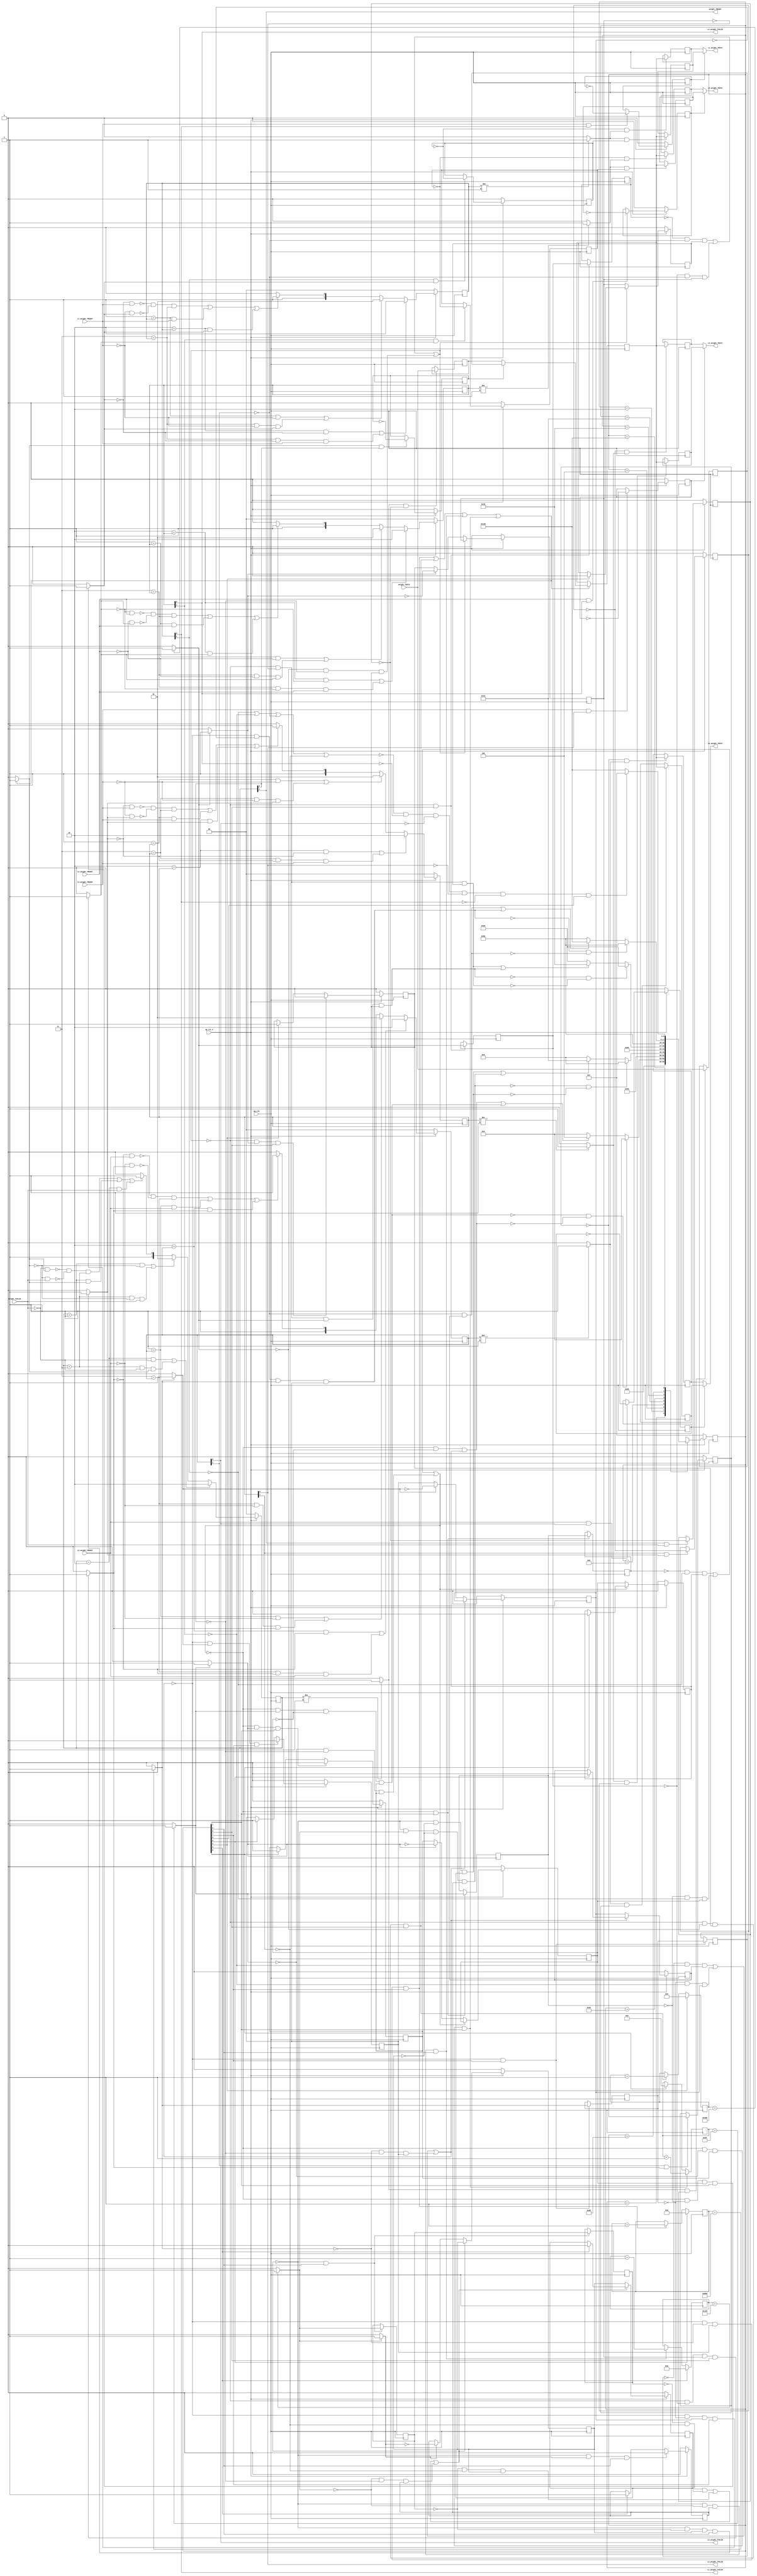
// ==============================================================
// RTL generated by Vivado(TM) HLS - High-Level Synthesis from C, C++ and SystemC
// Version: 2018.3
// Copyright (C) 1986-2018 Xilinx, Inc. All Rights Reserved.
// 
// ===========================================================

`timescale 1 ns / 1 ps 

(* CORE_GENERATION_INFO="Kernel_DMA,hls_ip_2018_3,{HLS_INPUT_TYPE=cxx,HLS_INPUT_FLOAT=0,HLS_INPUT_FIXED=0,HLS_INPUT_PART=xazu3eg-sfvc784-1-i,HLS_INPUT_CLOCK=10.000000,HLS_INPUT_ARCH=others,HLS_SYN_CLOCK=1.357000,HLS_SYN_LAT=4441,HLS_SYN_TPT=none,HLS_SYN_MEM=0,HLS_SYN_DSP=0,HLS_SYN_FF=263,HLS_SYN_LUT=829,HLS_VERSION=2018_3}" *)

module Kernel_DMA (
        ap_clk,
        ap_rst_n,
        weight_TDATA,
        weight_TVALID,
        weight_TREADY,
        L1_weight_TDATA,
        L1_weight_TVALID,
        L1_weight_TREADY,
        L2_weight_TDATA,
        L2_weight_TVALID,
        L2_weight_TREADY,
        L3_weight_TDATA,
        L3_weight_TVALID,
        L3_weight_TREADY,
        L4_weight_TDATA,
        L4_weight_TVALID,
        L4_weight_TREADY
);

parameter    ap_ST_fsm_state1 = 9'd1;
parameter    ap_ST_fsm_pp0_stage0 = 9'd2;
parameter    ap_ST_fsm_state5 = 9'd4;
parameter    ap_ST_fsm_pp1_stage0 = 9'd8;
parameter    ap_ST_fsm_state9 = 9'd16;
parameter    ap_ST_fsm_pp2_stage0 = 9'd32;
parameter    ap_ST_fsm_state13 = 9'd64;
parameter    ap_ST_fsm_pp3_stage0 = 9'd128;
parameter    ap_ST_fsm_state17 = 9'd256;

input   ap_clk;
input   ap_rst_n;
input  [15:0] weight_TDATA;
input   weight_TVALID;
output   weight_TREADY;
output  [15:0] L1_weight_TDATA;
output   L1_weight_TVALID;
input   L1_weight_TREADY;
output  [15:0] L2_weight_TDATA;
output   L2_weight_TVALID;
input   L2_weight_TREADY;
output  [15:0] L3_weight_TDATA;
output   L3_weight_TVALID;
input   L3_weight_TREADY;
output  [15:0] L4_weight_TDATA;
output   L4_weight_TVALID;
input   L4_weight_TREADY;

 reg    ap_rst_n_inv;
reg   [15:0] weight_0_data_out;
wire    weight_0_vld_in;
wire    weight_0_vld_out;
wire    weight_0_ack_in;
reg    weight_0_ack_out;
reg   [15:0] weight_0_payload_A;
reg   [15:0] weight_0_payload_B;
reg    weight_0_sel_rd;
reg    weight_0_sel_wr;
wire    weight_0_sel;
wire    weight_0_load_A;
wire    weight_0_load_B;
reg   [1:0] weight_0_state;
wire    weight_0_state_cmp_full;
reg   [15:0] L1_weight_1_data_out;
reg    L1_weight_1_vld_in;
wire    L1_weight_1_vld_out;
wire    L1_weight_1_ack_in;
wire    L1_weight_1_ack_out;
reg   [15:0] L1_weight_1_payload_A;
reg   [15:0] L1_weight_1_payload_B;
reg    L1_weight_1_sel_rd;
reg    L1_weight_1_sel_wr;
wire    L1_weight_1_sel;
wire    L1_weight_1_load_A;
wire    L1_weight_1_load_B;
reg   [1:0] L1_weight_1_state;
wire    L1_weight_1_state_cmp_full;
reg   [15:0] L2_weight_1_data_out;
reg    L2_weight_1_vld_in;
wire    L2_weight_1_vld_out;
wire    L2_weight_1_ack_in;
wire    L2_weight_1_ack_out;
reg   [15:0] L2_weight_1_payload_A;
reg   [15:0] L2_weight_1_payload_B;
reg    L2_weight_1_sel_rd;
reg    L2_weight_1_sel_wr;
wire    L2_weight_1_sel;
wire    L2_weight_1_load_A;
wire    L2_weight_1_load_B;
reg   [1:0] L2_weight_1_state;
wire    L2_weight_1_state_cmp_full;
reg   [15:0] L3_weight_1_data_out;
reg    L3_weight_1_vld_in;
wire    L3_weight_1_vld_out;
wire    L3_weight_1_ack_in;
wire    L3_weight_1_ack_out;
reg   [15:0] L3_weight_1_payload_A;
reg   [15:0] L3_weight_1_payload_B;
reg    L3_weight_1_sel_rd;
reg    L3_weight_1_sel_wr;
wire    L3_weight_1_sel;
wire    L3_weight_1_load_A;
wire    L3_weight_1_load_B;
reg   [1:0] L3_weight_1_state;
wire    L3_weight_1_state_cmp_full;
reg   [15:0] L4_weight_1_data_out;
reg    L4_weight_1_vld_in;
wire    L4_weight_1_vld_out;
wire    L4_weight_1_ack_in;
wire    L4_weight_1_ack_out;
reg   [15:0] L4_weight_1_payload_A;
reg   [15:0] L4_weight_1_payload_B;
reg    L4_weight_1_sel_rd;
reg    L4_weight_1_sel_wr;
wire    L4_weight_1_sel;
wire    L4_weight_1_load_A;
wire    L4_weight_1_load_B;
reg   [1:0] L4_weight_1_state;
wire    L4_weight_1_state_cmp_full;
reg    weight_TDATA_blk_n;
(* fsm_encoding = "none" *) reg   [8:0] ap_CS_fsm;
wire    ap_CS_fsm_pp0_stage0;
reg    ap_enable_reg_pp0_iter0;
wire    ap_block_pp0_stage0;
wire   [0:0] exitcond_fu_170_p2;
wire    ap_CS_fsm_pp1_stage0;
reg    ap_enable_reg_pp1_iter0;
wire    ap_block_pp1_stage0;
wire   [0:0] exitcond9_fu_182_p2;
wire    ap_CS_fsm_pp2_stage0;
reg    ap_enable_reg_pp2_iter0;
wire    ap_block_pp2_stage0;
wire   [0:0] exitcond7_fu_194_p2;
wire    ap_CS_fsm_pp3_stage0;
reg    ap_enable_reg_pp3_iter0;
wire    ap_block_pp3_stage0;
wire   [0:0] exitcond5_fu_206_p2;
reg    L1_weight_TDATA_blk_n;
reg    ap_enable_reg_pp0_iter1;
reg   [0:0] exitcond_reg_218;
reg    ap_enable_reg_pp0_iter2;
reg   [0:0] exitcond_reg_218_pp0_iter1_reg;
reg    L2_weight_TDATA_blk_n;
reg    ap_enable_reg_pp1_iter1;
reg   [0:0] exitcond9_reg_227;
reg    ap_enable_reg_pp1_iter2;
reg   [0:0] exitcond9_reg_227_pp1_iter1_reg;
reg    L3_weight_TDATA_blk_n;
reg    ap_enable_reg_pp2_iter1;
reg   [0:0] exitcond7_reg_236;
reg    ap_enable_reg_pp2_iter2;
reg   [0:0] exitcond7_reg_236_pp2_iter1_reg;
reg    L4_weight_TDATA_blk_n;
reg    ap_enable_reg_pp3_iter1;
reg   [0:0] exitcond5_reg_245;
reg    ap_enable_reg_pp3_iter2;
reg   [0:0] exitcond5_reg_245_pp3_iter1_reg;
reg   [5:0] p_01_rec_reg_118;
reg   [8:0] p_02_rec_reg_129;
reg   [10:0] p_03_rec_reg_140;
reg   [11:0] p_04_rec_reg_151;
reg   [15:0] reg_162;
reg    ap_block_state2_pp0_stage0_iter0;
wire    ap_block_state3_pp0_stage0_iter1;
reg    ap_block_state3_io;
wire    ap_block_state4_pp0_stage0_iter2;
reg    ap_block_state4_io;
reg    ap_block_pp0_stage0_11001;
reg    ap_block_state6_pp1_stage0_iter0;
wire    ap_block_state7_pp1_stage0_iter1;
reg    ap_block_state7_io;
wire    ap_block_state8_pp1_stage0_iter2;
reg    ap_block_state8_io;
reg    ap_block_pp1_stage0_11001;
reg    ap_block_state10_pp2_stage0_iter0;
wire    ap_block_state11_pp2_stage0_iter1;
reg    ap_block_state11_io;
wire    ap_block_state12_pp2_stage0_iter2;
reg    ap_block_state12_io;
reg    ap_block_pp2_stage0_11001;
reg    ap_block_state14_pp3_stage0_iter0;
wire    ap_block_state15_pp3_stage0_iter1;
reg    ap_block_state15_io;
wire    ap_block_state16_pp3_stage0_iter2;
reg    ap_block_state16_io;
reg    ap_block_pp3_stage0_11001;
wire   [5:0] p_rec1_fu_176_p2;
wire   [8:0] p_rec2_fu_188_p2;
wire   [10:0] p_rec6_fu_200_p2;
wire   [11:0] p_rec_fu_212_p2;
wire    ap_CS_fsm_state1;
reg    ap_block_pp0_stage0_subdone;
reg    ap_condition_pp0_exit_iter0_state2;
wire    ap_CS_fsm_state5;
reg    ap_block_pp1_stage0_subdone;
reg    ap_condition_pp1_exit_iter0_state6;
wire    ap_CS_fsm_state9;
reg    ap_block_pp2_stage0_subdone;
reg    ap_condition_pp2_exit_iter0_state10;
wire    ap_CS_fsm_state13;
reg    ap_block_pp3_stage0_subdone;
reg    ap_condition_pp3_exit_iter0_state14;
reg    ap_block_pp0_stage0_01001;
reg    ap_block_pp1_stage0_01001;
reg    ap_block_pp2_stage0_01001;
reg    ap_block_pp3_stage0_01001;
reg   [8:0] ap_NS_fsm;
wire    ap_CS_fsm_state17;
reg    ap_block_state17;
reg    ap_idle_pp0;
wire    ap_enable_pp0;
reg    ap_idle_pp1;
wire    ap_enable_pp1;
reg    ap_idle_pp2;
wire    ap_enable_pp2;
reg    ap_idle_pp3;
wire    ap_enable_pp3;

// power-on initialization
initial begin
#0 weight_0_sel_rd = 1'b0;
#0 weight_0_sel_wr = 1'b0;
#0 weight_0_state = 2'd0;
#0 L1_weight_1_sel_rd = 1'b0;
#0 L1_weight_1_sel_wr = 1'b0;
#0 L1_weight_1_state = 2'd0;
#0 L2_weight_1_sel_rd = 1'b0;
#0 L2_weight_1_sel_wr = 1'b0;
#0 L2_weight_1_state = 2'd0;
#0 L3_weight_1_sel_rd = 1'b0;
#0 L3_weight_1_sel_wr = 1'b0;
#0 L3_weight_1_state = 2'd0;
#0 L4_weight_1_sel_rd = 1'b0;
#0 L4_weight_1_sel_wr = 1'b0;
#0 L4_weight_1_state = 2'd0;
#0 ap_CS_fsm = 9'd1;
#0 ap_enable_reg_pp0_iter0 = 1'b0;
#0 ap_enable_reg_pp1_iter0 = 1'b0;
#0 ap_enable_reg_pp2_iter0 = 1'b0;
#0 ap_enable_reg_pp3_iter0 = 1'b0;
#0 ap_enable_reg_pp0_iter1 = 1'b0;
#0 ap_enable_reg_pp0_iter2 = 1'b0;
#0 ap_enable_reg_pp1_iter1 = 1'b0;
#0 ap_enable_reg_pp1_iter2 = 1'b0;
#0 ap_enable_reg_pp2_iter1 = 1'b0;
#0 ap_enable_reg_pp2_iter2 = 1'b0;
#0 ap_enable_reg_pp3_iter1 = 1'b0;
#0 ap_enable_reg_pp3_iter2 = 1'b0;
end

always @ (posedge ap_clk) begin
    if (ap_rst_n_inv == 1'b1) begin
        L1_weight_1_sel_rd <= 1'b0;
    end else begin
        if (((1'b1 == L1_weight_1_ack_out) & (1'b1 == L1_weight_1_vld_out))) begin
            L1_weight_1_sel_rd <= ~L1_weight_1_sel_rd;
        end
    end
end

always @ (posedge ap_clk) begin
    if (ap_rst_n_inv == 1'b1) begin
        L1_weight_1_sel_wr <= 1'b0;
    end else begin
        if (((1'b1 == L1_weight_1_ack_in) & (1'b1 == L1_weight_1_vld_in))) begin
            L1_weight_1_sel_wr <= ~L1_weight_1_sel_wr;
        end
    end
end

always @ (posedge ap_clk) begin
    if (ap_rst_n_inv == 1'b1) begin
        L1_weight_1_state <= 2'd0;
    end else begin
        if ((((2'd2 == L1_weight_1_state) & (1'b0 == L1_weight_1_vld_in)) | ((2'd3 == L1_weight_1_state) & (1'b0 == L1_weight_1_vld_in) & (1'b1 == L1_weight_1_ack_out)))) begin
            L1_weight_1_state <= 2'd2;
        end else if ((((2'd1 == L1_weight_1_state) & (1'b0 == L1_weight_1_ack_out)) | ((2'd3 == L1_weight_1_state) & (1'b0 == L1_weight_1_ack_out) & (1'b1 == L1_weight_1_vld_in)))) begin
            L1_weight_1_state <= 2'd1;
        end else if (((~((1'b0 == L1_weight_1_vld_in) & (1'b1 == L1_weight_1_ack_out)) & ~((1'b0 == L1_weight_1_ack_out) & (1'b1 == L1_weight_1_vld_in)) & (2'd3 == L1_weight_1_state)) | ((2'd1 == L1_weight_1_state) & (1'b1 == L1_weight_1_ack_out)) | ((2'd2 == L1_weight_1_state) & (1'b1 == L1_weight_1_vld_in)))) begin
            L1_weight_1_state <= 2'd3;
        end else begin
            L1_weight_1_state <= 2'd2;
        end
    end
end

always @ (posedge ap_clk) begin
    if (ap_rst_n_inv == 1'b1) begin
        L2_weight_1_sel_rd <= 1'b0;
    end else begin
        if (((1'b1 == L2_weight_1_ack_out) & (1'b1 == L2_weight_1_vld_out))) begin
            L2_weight_1_sel_rd <= ~L2_weight_1_sel_rd;
        end
    end
end

always @ (posedge ap_clk) begin
    if (ap_rst_n_inv == 1'b1) begin
        L2_weight_1_sel_wr <= 1'b0;
    end else begin
        if (((1'b1 == L2_weight_1_ack_in) & (1'b1 == L2_weight_1_vld_in))) begin
            L2_weight_1_sel_wr <= ~L2_weight_1_sel_wr;
        end
    end
end

always @ (posedge ap_clk) begin
    if (ap_rst_n_inv == 1'b1) begin
        L2_weight_1_state <= 2'd0;
    end else begin
        if ((((2'd2 == L2_weight_1_state) & (1'b0 == L2_weight_1_vld_in)) | ((2'd3 == L2_weight_1_state) & (1'b0 == L2_weight_1_vld_in) & (1'b1 == L2_weight_1_ack_out)))) begin
            L2_weight_1_state <= 2'd2;
        end else if ((((2'd1 == L2_weight_1_state) & (1'b0 == L2_weight_1_ack_out)) | ((2'd3 == L2_weight_1_state) & (1'b0 == L2_weight_1_ack_out) & (1'b1 == L2_weight_1_vld_in)))) begin
            L2_weight_1_state <= 2'd1;
        end else if (((~((1'b0 == L2_weight_1_vld_in) & (1'b1 == L2_weight_1_ack_out)) & ~((1'b0 == L2_weight_1_ack_out) & (1'b1 == L2_weight_1_vld_in)) & (2'd3 == L2_weight_1_state)) | ((2'd1 == L2_weight_1_state) & (1'b1 == L2_weight_1_ack_out)) | ((2'd2 == L2_weight_1_state) & (1'b1 == L2_weight_1_vld_in)))) begin
            L2_weight_1_state <= 2'd3;
        end else begin
            L2_weight_1_state <= 2'd2;
        end
    end
end

always @ (posedge ap_clk) begin
    if (ap_rst_n_inv == 1'b1) begin
        L3_weight_1_sel_rd <= 1'b0;
    end else begin
        if (((1'b1 == L3_weight_1_ack_out) & (1'b1 == L3_weight_1_vld_out))) begin
            L3_weight_1_sel_rd <= ~L3_weight_1_sel_rd;
        end
    end
end

always @ (posedge ap_clk) begin
    if (ap_rst_n_inv == 1'b1) begin
        L3_weight_1_sel_wr <= 1'b0;
    end else begin
        if (((1'b1 == L3_weight_1_ack_in) & (1'b1 == L3_weight_1_vld_in))) begin
            L3_weight_1_sel_wr <= ~L3_weight_1_sel_wr;
        end
    end
end

always @ (posedge ap_clk) begin
    if (ap_rst_n_inv == 1'b1) begin
        L3_weight_1_state <= 2'd0;
    end else begin
        if ((((2'd2 == L3_weight_1_state) & (1'b0 == L3_weight_1_vld_in)) | ((2'd3 == L3_weight_1_state) & (1'b0 == L3_weight_1_vld_in) & (1'b1 == L3_weight_1_ack_out)))) begin
            L3_weight_1_state <= 2'd2;
        end else if ((((2'd1 == L3_weight_1_state) & (1'b0 == L3_weight_1_ack_out)) | ((2'd3 == L3_weight_1_state) & (1'b0 == L3_weight_1_ack_out) & (1'b1 == L3_weight_1_vld_in)))) begin
            L3_weight_1_state <= 2'd1;
        end else if (((~((1'b0 == L3_weight_1_vld_in) & (1'b1 == L3_weight_1_ack_out)) & ~((1'b0 == L3_weight_1_ack_out) & (1'b1 == L3_weight_1_vld_in)) & (2'd3 == L3_weight_1_state)) | ((2'd1 == L3_weight_1_state) & (1'b1 == L3_weight_1_ack_out)) | ((2'd2 == L3_weight_1_state) & (1'b1 == L3_weight_1_vld_in)))) begin
            L3_weight_1_state <= 2'd3;
        end else begin
            L3_weight_1_state <= 2'd2;
        end
    end
end

always @ (posedge ap_clk) begin
    if (ap_rst_n_inv == 1'b1) begin
        L4_weight_1_sel_rd <= 1'b0;
    end else begin
        if (((1'b1 == L4_weight_1_ack_out) & (1'b1 == L4_weight_1_vld_out))) begin
            L4_weight_1_sel_rd <= ~L4_weight_1_sel_rd;
        end
    end
end

always @ (posedge ap_clk) begin
    if (ap_rst_n_inv == 1'b1) begin
        L4_weight_1_sel_wr <= 1'b0;
    end else begin
        if (((1'b1 == L4_weight_1_ack_in) & (1'b1 == L4_weight_1_vld_in))) begin
            L4_weight_1_sel_wr <= ~L4_weight_1_sel_wr;
        end
    end
end

always @ (posedge ap_clk) begin
    if (ap_rst_n_inv == 1'b1) begin
        L4_weight_1_state <= 2'd0;
    end else begin
        if ((((2'd2 == L4_weight_1_state) & (1'b0 == L4_weight_1_vld_in)) | ((2'd3 == L4_weight_1_state) & (1'b0 == L4_weight_1_vld_in) & (1'b1 == L4_weight_1_ack_out)))) begin
            L4_weight_1_state <= 2'd2;
        end else if ((((2'd1 == L4_weight_1_state) & (1'b0 == L4_weight_1_ack_out)) | ((2'd3 == L4_weight_1_state) & (1'b0 == L4_weight_1_ack_out) & (1'b1 == L4_weight_1_vld_in)))) begin
            L4_weight_1_state <= 2'd1;
        end else if (((~((1'b0 == L4_weight_1_vld_in) & (1'b1 == L4_weight_1_ack_out)) & ~((1'b0 == L4_weight_1_ack_out) & (1'b1 == L4_weight_1_vld_in)) & (2'd3 == L4_weight_1_state)) | ((2'd1 == L4_weight_1_state) & (1'b1 == L4_weight_1_ack_out)) | ((2'd2 == L4_weight_1_state) & (1'b1 == L4_weight_1_vld_in)))) begin
            L4_weight_1_state <= 2'd3;
        end else begin
            L4_weight_1_state <= 2'd2;
        end
    end
end

always @ (posedge ap_clk) begin
    if (ap_rst_n_inv == 1'b1) begin
        ap_CS_fsm <= ap_ST_fsm_state1;
    end else begin
        ap_CS_fsm <= ap_NS_fsm;
    end
end

always @ (posedge ap_clk) begin
    if (ap_rst_n_inv == 1'b1) begin
        ap_enable_reg_pp0_iter0 <= 1'b0;
    end else begin
        if (((1'b0 == ap_block_pp0_stage0_subdone) & (1'b1 == ap_condition_pp0_exit_iter0_state2) & (1'b1 == ap_CS_fsm_pp0_stage0))) begin
            ap_enable_reg_pp0_iter0 <= 1'b0;
        end else if ((1'b1 == ap_CS_fsm_state1)) begin
            ap_enable_reg_pp0_iter0 <= 1'b1;
        end
    end
end

always @ (posedge ap_clk) begin
    if (ap_rst_n_inv == 1'b1) begin
        ap_enable_reg_pp0_iter1 <= 1'b0;
    end else begin
        if ((1'b0 == ap_block_pp0_stage0_subdone)) begin
            if ((1'b1 == ap_condition_pp0_exit_iter0_state2)) begin
                ap_enable_reg_pp0_iter1 <= (1'b1 ^ ap_condition_pp0_exit_iter0_state2);
            end else if ((1'b1 == 1'b1)) begin
                ap_enable_reg_pp0_iter1 <= ap_enable_reg_pp0_iter0;
            end
        end
    end
end

always @ (posedge ap_clk) begin
    if (ap_rst_n_inv == 1'b1) begin
        ap_enable_reg_pp0_iter2 <= 1'b0;
    end else begin
        if ((1'b0 == ap_block_pp0_stage0_subdone)) begin
            ap_enable_reg_pp0_iter2 <= ap_enable_reg_pp0_iter1;
        end else if ((1'b1 == ap_CS_fsm_state1)) begin
            ap_enable_reg_pp0_iter2 <= 1'b0;
        end
    end
end

always @ (posedge ap_clk) begin
    if (ap_rst_n_inv == 1'b1) begin
        ap_enable_reg_pp1_iter0 <= 1'b0;
    end else begin
        if (((1'b0 == ap_block_pp1_stage0_subdone) & (1'b1 == ap_condition_pp1_exit_iter0_state6) & (1'b1 == ap_CS_fsm_pp1_stage0))) begin
            ap_enable_reg_pp1_iter0 <= 1'b0;
        end else if ((1'b1 == ap_CS_fsm_state5)) begin
            ap_enable_reg_pp1_iter0 <= 1'b1;
        end
    end
end

always @ (posedge ap_clk) begin
    if (ap_rst_n_inv == 1'b1) begin
        ap_enable_reg_pp1_iter1 <= 1'b0;
    end else begin
        if ((1'b0 == ap_block_pp1_stage0_subdone)) begin
            if ((1'b1 == ap_condition_pp1_exit_iter0_state6)) begin
                ap_enable_reg_pp1_iter1 <= (1'b1 ^ ap_condition_pp1_exit_iter0_state6);
            end else if ((1'b1 == 1'b1)) begin
                ap_enable_reg_pp1_iter1 <= ap_enable_reg_pp1_iter0;
            end
        end
    end
end

always @ (posedge ap_clk) begin
    if (ap_rst_n_inv == 1'b1) begin
        ap_enable_reg_pp1_iter2 <= 1'b0;
    end else begin
        if ((1'b0 == ap_block_pp1_stage0_subdone)) begin
            ap_enable_reg_pp1_iter2 <= ap_enable_reg_pp1_iter1;
        end else if ((1'b1 == ap_CS_fsm_state5)) begin
            ap_enable_reg_pp1_iter2 <= 1'b0;
        end
    end
end

always @ (posedge ap_clk) begin
    if (ap_rst_n_inv == 1'b1) begin
        ap_enable_reg_pp2_iter0 <= 1'b0;
    end else begin
        if (((1'b0 == ap_block_pp2_stage0_subdone) & (1'b1 == ap_condition_pp2_exit_iter0_state10) & (1'b1 == ap_CS_fsm_pp2_stage0))) begin
            ap_enable_reg_pp2_iter0 <= 1'b0;
        end else if ((1'b1 == ap_CS_fsm_state9)) begin
            ap_enable_reg_pp2_iter0 <= 1'b1;
        end
    end
end

always @ (posedge ap_clk) begin
    if (ap_rst_n_inv == 1'b1) begin
        ap_enable_reg_pp2_iter1 <= 1'b0;
    end else begin
        if ((1'b0 == ap_block_pp2_stage0_subdone)) begin
            if ((1'b1 == ap_condition_pp2_exit_iter0_state10)) begin
                ap_enable_reg_pp2_iter1 <= (1'b1 ^ ap_condition_pp2_exit_iter0_state10);
            end else if ((1'b1 == 1'b1)) begin
                ap_enable_reg_pp2_iter1 <= ap_enable_reg_pp2_iter0;
            end
        end
    end
end

always @ (posedge ap_clk) begin
    if (ap_rst_n_inv == 1'b1) begin
        ap_enable_reg_pp2_iter2 <= 1'b0;
    end else begin
        if ((1'b0 == ap_block_pp2_stage0_subdone)) begin
            ap_enable_reg_pp2_iter2 <= ap_enable_reg_pp2_iter1;
        end else if ((1'b1 == ap_CS_fsm_state9)) begin
            ap_enable_reg_pp2_iter2 <= 1'b0;
        end
    end
end

always @ (posedge ap_clk) begin
    if (ap_rst_n_inv == 1'b1) begin
        ap_enable_reg_pp3_iter0 <= 1'b0;
    end else begin
        if (((1'b0 == ap_block_pp3_stage0_subdone) & (1'b1 == ap_condition_pp3_exit_iter0_state14) & (1'b1 == ap_CS_fsm_pp3_stage0))) begin
            ap_enable_reg_pp3_iter0 <= 1'b0;
        end else if ((1'b1 == ap_CS_fsm_state13)) begin
            ap_enable_reg_pp3_iter0 <= 1'b1;
        end
    end
end

always @ (posedge ap_clk) begin
    if (ap_rst_n_inv == 1'b1) begin
        ap_enable_reg_pp3_iter1 <= 1'b0;
    end else begin
        if ((1'b0 == ap_block_pp3_stage0_subdone)) begin
            if ((1'b1 == ap_condition_pp3_exit_iter0_state14)) begin
                ap_enable_reg_pp3_iter1 <= (1'b1 ^ ap_condition_pp3_exit_iter0_state14);
            end else if ((1'b1 == 1'b1)) begin
                ap_enable_reg_pp3_iter1 <= ap_enable_reg_pp3_iter0;
            end
        end
    end
end

always @ (posedge ap_clk) begin
    if (ap_rst_n_inv == 1'b1) begin
        ap_enable_reg_pp3_iter2 <= 1'b0;
    end else begin
        if ((1'b0 == ap_block_pp3_stage0_subdone)) begin
            ap_enable_reg_pp3_iter2 <= ap_enable_reg_pp3_iter1;
        end else if ((1'b1 == ap_CS_fsm_state13)) begin
            ap_enable_reg_pp3_iter2 <= 1'b0;
        end
    end
end

always @ (posedge ap_clk) begin
    if (ap_rst_n_inv == 1'b1) begin
        weight_0_sel_rd <= 1'b0;
    end else begin
        if (((weight_0_ack_out == 1'b1) & (weight_0_vld_out == 1'b1))) begin
            weight_0_sel_rd <= ~weight_0_sel_rd;
        end
    end
end

always @ (posedge ap_clk) begin
    if (ap_rst_n_inv == 1'b1) begin
        weight_0_sel_wr <= 1'b0;
    end else begin
        if (((weight_0_ack_in == 1'b1) & (weight_0_vld_in == 1'b1))) begin
            weight_0_sel_wr <= ~weight_0_sel_wr;
        end
    end
end

always @ (posedge ap_clk) begin
    if (ap_rst_n_inv == 1'b1) begin
        weight_0_state <= 2'd0;
    end else begin
        if ((((weight_0_state == 2'd2) & (weight_0_vld_in == 1'b0)) | ((weight_0_state == 2'd3) & (weight_0_vld_in == 1'b0) & (weight_0_ack_out == 1'b1)))) begin
            weight_0_state <= 2'd2;
        end else if ((((weight_0_state == 2'd1) & (weight_0_ack_out == 1'b0)) | ((weight_0_state == 2'd3) & (weight_0_ack_out == 1'b0) & (weight_0_vld_in == 1'b1)))) begin
            weight_0_state <= 2'd1;
        end else if (((~((weight_0_vld_in == 1'b0) & (weight_0_ack_out == 1'b1)) & ~((weight_0_ack_out == 1'b0) & (weight_0_vld_in == 1'b1)) & (weight_0_state == 2'd3)) | ((weight_0_state == 2'd1) & (weight_0_ack_out == 1'b1)) | ((weight_0_state == 2'd2) & (weight_0_vld_in == 1'b1)))) begin
            weight_0_state <= 2'd3;
        end else begin
            weight_0_state <= 2'd2;
        end
    end
end

always @ (posedge ap_clk) begin
    if (((1'b0 == ap_block_pp0_stage0_11001) & (exitcond_fu_170_p2 == 1'd0) & (ap_enable_reg_pp0_iter0 == 1'b1) & (1'b1 == ap_CS_fsm_pp0_stage0))) begin
        p_01_rec_reg_118 <= p_rec1_fu_176_p2;
    end else if ((1'b1 == ap_CS_fsm_state1)) begin
        p_01_rec_reg_118 <= 6'd0;
    end
end

always @ (posedge ap_clk) begin
    if ((1'b1 == ap_CS_fsm_state5)) begin
        p_02_rec_reg_129 <= 9'd0;
    end else if (((1'b0 == ap_block_pp1_stage0_11001) & (exitcond9_fu_182_p2 == 1'd0) & (ap_enable_reg_pp1_iter0 == 1'b1) & (1'b1 == ap_CS_fsm_pp1_stage0))) begin
        p_02_rec_reg_129 <= p_rec2_fu_188_p2;
    end
end

always @ (posedge ap_clk) begin
    if ((1'b1 == ap_CS_fsm_state9)) begin
        p_03_rec_reg_140 <= 11'd0;
    end else if (((1'b0 == ap_block_pp2_stage0_11001) & (exitcond7_fu_194_p2 == 1'd0) & (ap_enable_reg_pp2_iter0 == 1'b1) & (1'b1 == ap_CS_fsm_pp2_stage0))) begin
        p_03_rec_reg_140 <= p_rec6_fu_200_p2;
    end
end

always @ (posedge ap_clk) begin
    if ((1'b1 == ap_CS_fsm_state13)) begin
        p_04_rec_reg_151 <= 12'd0;
    end else if (((1'b0 == ap_block_pp3_stage0_11001) & (exitcond5_fu_206_p2 == 1'd0) & (ap_enable_reg_pp3_iter0 == 1'b1) & (1'b1 == ap_CS_fsm_pp3_stage0))) begin
        p_04_rec_reg_151 <= p_rec_fu_212_p2;
    end
end

always @ (posedge ap_clk) begin
    if ((1'b1 == L1_weight_1_load_A)) begin
        L1_weight_1_payload_A <= reg_162;
    end
end

always @ (posedge ap_clk) begin
    if ((1'b1 == L1_weight_1_load_B)) begin
        L1_weight_1_payload_B <= reg_162;
    end
end

always @ (posedge ap_clk) begin
    if ((1'b1 == L2_weight_1_load_A)) begin
        L2_weight_1_payload_A <= reg_162;
    end
end

always @ (posedge ap_clk) begin
    if ((1'b1 == L2_weight_1_load_B)) begin
        L2_weight_1_payload_B <= reg_162;
    end
end

always @ (posedge ap_clk) begin
    if ((1'b1 == L3_weight_1_load_A)) begin
        L3_weight_1_payload_A <= reg_162;
    end
end

always @ (posedge ap_clk) begin
    if ((1'b1 == L3_weight_1_load_B)) begin
        L3_weight_1_payload_B <= reg_162;
    end
end

always @ (posedge ap_clk) begin
    if ((1'b1 == L4_weight_1_load_A)) begin
        L4_weight_1_payload_A <= reg_162;
    end
end

always @ (posedge ap_clk) begin
    if ((1'b1 == L4_weight_1_load_B)) begin
        L4_weight_1_payload_B <= reg_162;
    end
end

always @ (posedge ap_clk) begin
    if (((1'b0 == ap_block_pp3_stage0_11001) & (1'b1 == ap_CS_fsm_pp3_stage0))) begin
        exitcond5_reg_245 <= exitcond5_fu_206_p2;
        exitcond5_reg_245_pp3_iter1_reg <= exitcond5_reg_245;
    end
end

always @ (posedge ap_clk) begin
    if (((1'b0 == ap_block_pp2_stage0_11001) & (1'b1 == ap_CS_fsm_pp2_stage0))) begin
        exitcond7_reg_236 <= exitcond7_fu_194_p2;
        exitcond7_reg_236_pp2_iter1_reg <= exitcond7_reg_236;
    end
end

always @ (posedge ap_clk) begin
    if (((1'b0 == ap_block_pp1_stage0_11001) & (1'b1 == ap_CS_fsm_pp1_stage0))) begin
        exitcond9_reg_227 <= exitcond9_fu_182_p2;
        exitcond9_reg_227_pp1_iter1_reg <= exitcond9_reg_227;
    end
end

always @ (posedge ap_clk) begin
    if (((1'b0 == ap_block_pp0_stage0_11001) & (1'b1 == ap_CS_fsm_pp0_stage0))) begin
        exitcond_reg_218 <= exitcond_fu_170_p2;
        exitcond_reg_218_pp0_iter1_reg <= exitcond_reg_218;
    end
end

always @ (posedge ap_clk) begin
    if ((((1'b0 == ap_block_pp3_stage0_11001) & (exitcond5_fu_206_p2 == 1'd0) & (ap_enable_reg_pp3_iter0 == 1'b1) & (1'b1 == ap_CS_fsm_pp3_stage0)) | ((1'b0 == ap_block_pp2_stage0_11001) & (exitcond7_fu_194_p2 == 1'd0) & (ap_enable_reg_pp2_iter0 == 1'b1) & (1'b1 == ap_CS_fsm_pp2_stage0)) | ((1'b0 == ap_block_pp1_stage0_11001) & (exitcond9_fu_182_p2 == 1'd0) & (ap_enable_reg_pp1_iter0 == 1'b1) & (1'b1 == ap_CS_fsm_pp1_stage0)) | ((1'b0 == ap_block_pp0_stage0_11001) & (exitcond_fu_170_p2 == 1'd0) & (ap_enable_reg_pp0_iter0 == 1'b1) & (1'b1 == ap_CS_fsm_pp0_stage0)))) begin
        reg_162 <= weight_0_data_out;
    end
end

always @ (posedge ap_clk) begin
    if ((weight_0_load_A == 1'b1)) begin
        weight_0_payload_A <= weight_TDATA;
    end
end

always @ (posedge ap_clk) begin
    if ((weight_0_load_B == 1'b1)) begin
        weight_0_payload_B <= weight_TDATA;
    end
end

always @ (*) begin
    if ((1'b1 == L1_weight_1_sel)) begin
        L1_weight_1_data_out = L1_weight_1_payload_B;
    end else begin
        L1_weight_1_data_out = L1_weight_1_payload_A;
    end
end

always @ (*) begin
    if (((1'b0 == ap_block_pp0_stage0_11001) & (exitcond_reg_218 == 1'd0) & (ap_enable_reg_pp0_iter1 == 1'b1) & (1'b1 == ap_CS_fsm_pp0_stage0))) begin
        L1_weight_1_vld_in = 1'b1;
    end else begin
        L1_weight_1_vld_in = 1'b0;
    end
end

always @ (*) begin
    if ((((exitcond_reg_218_pp0_iter1_reg == 1'd0) & (1'b0 == ap_block_pp0_stage0) & (ap_enable_reg_pp0_iter2 == 1'b1)) | ((exitcond_reg_218 == 1'd0) & (1'b0 == ap_block_pp0_stage0) & (ap_enable_reg_pp0_iter1 == 1'b1) & (1'b1 == ap_CS_fsm_pp0_stage0)))) begin
        L1_weight_TDATA_blk_n = L1_weight_1_state[1'd1];
    end else begin
        L1_weight_TDATA_blk_n = 1'b1;
    end
end

always @ (*) begin
    if ((1'b1 == L2_weight_1_sel)) begin
        L2_weight_1_data_out = L2_weight_1_payload_B;
    end else begin
        L2_weight_1_data_out = L2_weight_1_payload_A;
    end
end

always @ (*) begin
    if (((1'b0 == ap_block_pp1_stage0_11001) & (exitcond9_reg_227 == 1'd0) & (ap_enable_reg_pp1_iter1 == 1'b1) & (1'b1 == ap_CS_fsm_pp1_stage0))) begin
        L2_weight_1_vld_in = 1'b1;
    end else begin
        L2_weight_1_vld_in = 1'b0;
    end
end

always @ (*) begin
    if ((((exitcond9_reg_227_pp1_iter1_reg == 1'd0) & (1'b0 == ap_block_pp1_stage0) & (ap_enable_reg_pp1_iter2 == 1'b1)) | ((exitcond9_reg_227 == 1'd0) & (1'b0 == ap_block_pp1_stage0) & (ap_enable_reg_pp1_iter1 == 1'b1) & (1'b1 == ap_CS_fsm_pp1_stage0)))) begin
        L2_weight_TDATA_blk_n = L2_weight_1_state[1'd1];
    end else begin
        L2_weight_TDATA_blk_n = 1'b1;
    end
end

always @ (*) begin
    if ((1'b1 == L3_weight_1_sel)) begin
        L3_weight_1_data_out = L3_weight_1_payload_B;
    end else begin
        L3_weight_1_data_out = L3_weight_1_payload_A;
    end
end

always @ (*) begin
    if (((1'b0 == ap_block_pp2_stage0_11001) & (exitcond7_reg_236 == 1'd0) & (ap_enable_reg_pp2_iter1 == 1'b1) & (1'b1 == ap_CS_fsm_pp2_stage0))) begin
        L3_weight_1_vld_in = 1'b1;
    end else begin
        L3_weight_1_vld_in = 1'b0;
    end
end

always @ (*) begin
    if ((((exitcond7_reg_236_pp2_iter1_reg == 1'd0) & (1'b0 == ap_block_pp2_stage0) & (ap_enable_reg_pp2_iter2 == 1'b1)) | ((exitcond7_reg_236 == 1'd0) & (1'b0 == ap_block_pp2_stage0) & (ap_enable_reg_pp2_iter1 == 1'b1) & (1'b1 == ap_CS_fsm_pp2_stage0)))) begin
        L3_weight_TDATA_blk_n = L3_weight_1_state[1'd1];
    end else begin
        L3_weight_TDATA_blk_n = 1'b1;
    end
end

always @ (*) begin
    if ((1'b1 == L4_weight_1_sel)) begin
        L4_weight_1_data_out = L4_weight_1_payload_B;
    end else begin
        L4_weight_1_data_out = L4_weight_1_payload_A;
    end
end

always @ (*) begin
    if (((1'b0 == ap_block_pp3_stage0_11001) & (exitcond5_reg_245 == 1'd0) & (ap_enable_reg_pp3_iter1 == 1'b1) & (1'b1 == ap_CS_fsm_pp3_stage0))) begin
        L4_weight_1_vld_in = 1'b1;
    end else begin
        L4_weight_1_vld_in = 1'b0;
    end
end

always @ (*) begin
    if ((((exitcond5_reg_245_pp3_iter1_reg == 1'd0) & (1'b0 == ap_block_pp3_stage0) & (ap_enable_reg_pp3_iter2 == 1'b1)) | ((exitcond5_reg_245 == 1'd0) & (1'b0 == ap_block_pp3_stage0) & (ap_enable_reg_pp3_iter1 == 1'b1) & (1'b1 == ap_CS_fsm_pp3_stage0)))) begin
        L4_weight_TDATA_blk_n = L4_weight_1_state[1'd1];
    end else begin
        L4_weight_TDATA_blk_n = 1'b1;
    end
end

always @ (*) begin
    if ((exitcond_fu_170_p2 == 1'd1)) begin
        ap_condition_pp0_exit_iter0_state2 = 1'b1;
    end else begin
        ap_condition_pp0_exit_iter0_state2 = 1'b0;
    end
end

always @ (*) begin
    if ((exitcond9_fu_182_p2 == 1'd1)) begin
        ap_condition_pp1_exit_iter0_state6 = 1'b1;
    end else begin
        ap_condition_pp1_exit_iter0_state6 = 1'b0;
    end
end

always @ (*) begin
    if ((exitcond7_fu_194_p2 == 1'd1)) begin
        ap_condition_pp2_exit_iter0_state10 = 1'b1;
    end else begin
        ap_condition_pp2_exit_iter0_state10 = 1'b0;
    end
end

always @ (*) begin
    if ((exitcond5_fu_206_p2 == 1'd1)) begin
        ap_condition_pp3_exit_iter0_state14 = 1'b1;
    end else begin
        ap_condition_pp3_exit_iter0_state14 = 1'b0;
    end
end

always @ (*) begin
    if (((ap_enable_reg_pp0_iter2 == 1'b0) & (ap_enable_reg_pp0_iter1 == 1'b0) & (ap_enable_reg_pp0_iter0 == 1'b0))) begin
        ap_idle_pp0 = 1'b1;
    end else begin
        ap_idle_pp0 = 1'b0;
    end
end

always @ (*) begin
    if (((ap_enable_reg_pp1_iter2 == 1'b0) & (ap_enable_reg_pp1_iter1 == 1'b0) & (ap_enable_reg_pp1_iter0 == 1'b0))) begin
        ap_idle_pp1 = 1'b1;
    end else begin
        ap_idle_pp1 = 1'b0;
    end
end

always @ (*) begin
    if (((ap_enable_reg_pp2_iter2 == 1'b0) & (ap_enable_reg_pp2_iter1 == 1'b0) & (ap_enable_reg_pp2_iter0 == 1'b0))) begin
        ap_idle_pp2 = 1'b1;
    end else begin
        ap_idle_pp2 = 1'b0;
    end
end

always @ (*) begin
    if (((ap_enable_reg_pp3_iter2 == 1'b0) & (ap_enable_reg_pp3_iter1 == 1'b0) & (ap_enable_reg_pp3_iter0 == 1'b0))) begin
        ap_idle_pp3 = 1'b1;
    end else begin
        ap_idle_pp3 = 1'b0;
    end
end

always @ (*) begin
    if ((((1'b0 == ap_block_pp3_stage0_11001) & (exitcond5_fu_206_p2 == 1'd0) & (ap_enable_reg_pp3_iter0 == 1'b1) & (1'b1 == ap_CS_fsm_pp3_stage0)) | ((1'b0 == ap_block_pp2_stage0_11001) & (exitcond7_fu_194_p2 == 1'd0) & (ap_enable_reg_pp2_iter0 == 1'b1) & (1'b1 == ap_CS_fsm_pp2_stage0)) | ((1'b0 == ap_block_pp1_stage0_11001) & (exitcond9_fu_182_p2 == 1'd0) & (ap_enable_reg_pp1_iter0 == 1'b1) & (1'b1 == ap_CS_fsm_pp1_stage0)) | ((1'b0 == ap_block_pp0_stage0_11001) & (exitcond_fu_170_p2 == 1'd0) & (ap_enable_reg_pp0_iter0 == 1'b1) & (1'b1 == ap_CS_fsm_pp0_stage0)))) begin
        weight_0_ack_out = 1'b1;
    end else begin
        weight_0_ack_out = 1'b0;
    end
end

always @ (*) begin
    if ((weight_0_sel == 1'b1)) begin
        weight_0_data_out = weight_0_payload_B;
    end else begin
        weight_0_data_out = weight_0_payload_A;
    end
end

always @ (*) begin
    if ((((exitcond5_fu_206_p2 == 1'd0) & (1'b0 == ap_block_pp3_stage0) & (ap_enable_reg_pp3_iter0 == 1'b1) & (1'b1 == ap_CS_fsm_pp3_stage0)) | ((exitcond7_fu_194_p2 == 1'd0) & (1'b0 == ap_block_pp2_stage0) & (ap_enable_reg_pp2_iter0 == 1'b1) & (1'b1 == ap_CS_fsm_pp2_stage0)) | ((exitcond9_fu_182_p2 == 1'd0) & (1'b0 == ap_block_pp1_stage0) & (ap_enable_reg_pp1_iter0 == 1'b1) & (1'b1 == ap_CS_fsm_pp1_stage0)) | ((exitcond_fu_170_p2 == 1'd0) & (1'b0 == ap_block_pp0_stage0) & (ap_enable_reg_pp0_iter0 == 1'b1) & (1'b1 == ap_CS_fsm_pp0_stage0)))) begin
        weight_TDATA_blk_n = weight_0_state[1'd0];
    end else begin
        weight_TDATA_blk_n = 1'b1;
    end
end

always @ (*) begin
    case (ap_CS_fsm)
        ap_ST_fsm_state1 : begin
            ap_NS_fsm = ap_ST_fsm_pp0_stage0;
        end
        ap_ST_fsm_pp0_stage0 : begin
            if ((~((1'b0 == ap_block_pp0_stage0_subdone) & (exitcond_fu_170_p2 == 1'd1) & (ap_enable_reg_pp0_iter1 == 1'b0) & (ap_enable_reg_pp0_iter0 == 1'b1)) & ~((1'b0 == ap_block_pp0_stage0_subdone) & (ap_enable_reg_pp0_iter1 == 1'b0) & (ap_enable_reg_pp0_iter2 == 1'b1)))) begin
                ap_NS_fsm = ap_ST_fsm_pp0_stage0;
            end else if ((((1'b0 == ap_block_pp0_stage0_subdone) & (ap_enable_reg_pp0_iter1 == 1'b0) & (ap_enable_reg_pp0_iter2 == 1'b1)) | ((1'b0 == ap_block_pp0_stage0_subdone) & (exitcond_fu_170_p2 == 1'd1) & (ap_enable_reg_pp0_iter1 == 1'b0) & (ap_enable_reg_pp0_iter0 == 1'b1)))) begin
                ap_NS_fsm = ap_ST_fsm_state5;
            end else begin
                ap_NS_fsm = ap_ST_fsm_pp0_stage0;
            end
        end
        ap_ST_fsm_state5 : begin
            ap_NS_fsm = ap_ST_fsm_pp1_stage0;
        end
        ap_ST_fsm_pp1_stage0 : begin
            if ((~((1'b0 == ap_block_pp1_stage0_subdone) & (exitcond9_fu_182_p2 == 1'd1) & (ap_enable_reg_pp1_iter1 == 1'b0) & (ap_enable_reg_pp1_iter0 == 1'b1)) & ~((1'b0 == ap_block_pp1_stage0_subdone) & (ap_enable_reg_pp1_iter1 == 1'b0) & (ap_enable_reg_pp1_iter2 == 1'b1)))) begin
                ap_NS_fsm = ap_ST_fsm_pp1_stage0;
            end else if ((((1'b0 == ap_block_pp1_stage0_subdone) & (ap_enable_reg_pp1_iter1 == 1'b0) & (ap_enable_reg_pp1_iter2 == 1'b1)) | ((1'b0 == ap_block_pp1_stage0_subdone) & (exitcond9_fu_182_p2 == 1'd1) & (ap_enable_reg_pp1_iter1 == 1'b0) & (ap_enable_reg_pp1_iter0 == 1'b1)))) begin
                ap_NS_fsm = ap_ST_fsm_state9;
            end else begin
                ap_NS_fsm = ap_ST_fsm_pp1_stage0;
            end
        end
        ap_ST_fsm_state9 : begin
            ap_NS_fsm = ap_ST_fsm_pp2_stage0;
        end
        ap_ST_fsm_pp2_stage0 : begin
            if ((~((1'b0 == ap_block_pp2_stage0_subdone) & (ap_enable_reg_pp2_iter1 == 1'b0) & (exitcond7_fu_194_p2 == 1'd1) & (ap_enable_reg_pp2_iter0 == 1'b1)) & ~((1'b0 == ap_block_pp2_stage0_subdone) & (ap_enable_reg_pp2_iter1 == 1'b0) & (ap_enable_reg_pp2_iter2 == 1'b1)))) begin
                ap_NS_fsm = ap_ST_fsm_pp2_stage0;
            end else if ((((1'b0 == ap_block_pp2_stage0_subdone) & (ap_enable_reg_pp2_iter1 == 1'b0) & (ap_enable_reg_pp2_iter2 == 1'b1)) | ((1'b0 == ap_block_pp2_stage0_subdone) & (ap_enable_reg_pp2_iter1 == 1'b0) & (exitcond7_fu_194_p2 == 1'd1) & (ap_enable_reg_pp2_iter0 == 1'b1)))) begin
                ap_NS_fsm = ap_ST_fsm_state13;
            end else begin
                ap_NS_fsm = ap_ST_fsm_pp2_stage0;
            end
        end
        ap_ST_fsm_state13 : begin
            ap_NS_fsm = ap_ST_fsm_pp3_stage0;
        end
        ap_ST_fsm_pp3_stage0 : begin
            if ((~((1'b0 == ap_block_pp3_stage0_subdone) & (ap_enable_reg_pp3_iter1 == 1'b0) & (exitcond5_fu_206_p2 == 1'd1) & (ap_enable_reg_pp3_iter0 == 1'b1)) & ~((1'b0 == ap_block_pp3_stage0_subdone) & (ap_enable_reg_pp3_iter1 == 1'b0) & (ap_enable_reg_pp3_iter2 == 1'b1)))) begin
                ap_NS_fsm = ap_ST_fsm_pp3_stage0;
            end else if ((((1'b0 == ap_block_pp3_stage0_subdone) & (ap_enable_reg_pp3_iter1 == 1'b0) & (ap_enable_reg_pp3_iter2 == 1'b1)) | ((1'b0 == ap_block_pp3_stage0_subdone) & (ap_enable_reg_pp3_iter1 == 1'b0) & (exitcond5_fu_206_p2 == 1'd1) & (ap_enable_reg_pp3_iter0 == 1'b1)))) begin
                ap_NS_fsm = ap_ST_fsm_state17;
            end else begin
                ap_NS_fsm = ap_ST_fsm_pp3_stage0;
            end
        end
        ap_ST_fsm_state17 : begin
            if ((~((1'b0 == L1_weight_1_ack_in) | (1'b0 == L4_weight_1_ack_in) | (1'b0 == L3_weight_1_ack_in) | (1'b0 == L2_weight_1_ack_in)) & (L4_weight_1_state[1'd0] == 1'b0) & (L3_weight_1_state[1'd0] == 1'b0) & (L2_weight_1_state[1'd0] == 1'b0) & (L1_weight_1_state[1'd0] == 1'b0) & (1'b1 == ap_CS_fsm_state17))) begin
                ap_NS_fsm = ap_ST_fsm_state1;
            end else begin
                ap_NS_fsm = ap_ST_fsm_state17;
            end
        end
        default : begin
            ap_NS_fsm = 'bx;
        end
    endcase
end

assign L1_weight_1_ack_in = L1_weight_1_state[1'd1];

assign L1_weight_1_ack_out = L1_weight_TREADY;

assign L1_weight_1_load_A = (~L1_weight_1_sel_wr & L1_weight_1_state_cmp_full);

assign L1_weight_1_load_B = (L1_weight_1_state_cmp_full & L1_weight_1_sel_wr);

assign L1_weight_1_sel = L1_weight_1_sel_rd;

assign L1_weight_1_state_cmp_full = ((L1_weight_1_state != 2'd1) ? 1'b1 : 1'b0);

assign L1_weight_1_vld_out = L1_weight_1_state[1'd0];

assign L1_weight_TDATA = L1_weight_1_data_out;

assign L1_weight_TVALID = L1_weight_1_state[1'd0];

assign L2_weight_1_ack_in = L2_weight_1_state[1'd1];

assign L2_weight_1_ack_out = L2_weight_TREADY;

assign L2_weight_1_load_A = (~L2_weight_1_sel_wr & L2_weight_1_state_cmp_full);

assign L2_weight_1_load_B = (L2_weight_1_state_cmp_full & L2_weight_1_sel_wr);

assign L2_weight_1_sel = L2_weight_1_sel_rd;

assign L2_weight_1_state_cmp_full = ((L2_weight_1_state != 2'd1) ? 1'b1 : 1'b0);

assign L2_weight_1_vld_out = L2_weight_1_state[1'd0];

assign L2_weight_TDATA = L2_weight_1_data_out;

assign L2_weight_TVALID = L2_weight_1_state[1'd0];

assign L3_weight_1_ack_in = L3_weight_1_state[1'd1];

assign L3_weight_1_ack_out = L3_weight_TREADY;

assign L3_weight_1_load_A = (~L3_weight_1_sel_wr & L3_weight_1_state_cmp_full);

assign L3_weight_1_load_B = (L3_weight_1_state_cmp_full & L3_weight_1_sel_wr);

assign L3_weight_1_sel = L3_weight_1_sel_rd;

assign L3_weight_1_state_cmp_full = ((L3_weight_1_state != 2'd1) ? 1'b1 : 1'b0);

assign L3_weight_1_vld_out = L3_weight_1_state[1'd0];

assign L3_weight_TDATA = L3_weight_1_data_out;

assign L3_weight_TVALID = L3_weight_1_state[1'd0];

assign L4_weight_1_ack_in = L4_weight_1_state[1'd1];

assign L4_weight_1_ack_out = L4_weight_TREADY;

assign L4_weight_1_load_A = (~L4_weight_1_sel_wr & L4_weight_1_state_cmp_full);

assign L4_weight_1_load_B = (L4_weight_1_state_cmp_full & L4_weight_1_sel_wr);

assign L4_weight_1_sel = L4_weight_1_sel_rd;

assign L4_weight_1_state_cmp_full = ((L4_weight_1_state != 2'd1) ? 1'b1 : 1'b0);

assign L4_weight_1_vld_out = L4_weight_1_state[1'd0];

assign L4_weight_TDATA = L4_weight_1_data_out;

assign L4_weight_TVALID = L4_weight_1_state[1'd0];

assign ap_CS_fsm_pp0_stage0 = ap_CS_fsm[32'd1];

assign ap_CS_fsm_pp1_stage0 = ap_CS_fsm[32'd3];

assign ap_CS_fsm_pp2_stage0 = ap_CS_fsm[32'd5];

assign ap_CS_fsm_pp3_stage0 = ap_CS_fsm[32'd7];

assign ap_CS_fsm_state1 = ap_CS_fsm[32'd0];

assign ap_CS_fsm_state13 = ap_CS_fsm[32'd6];

assign ap_CS_fsm_state17 = ap_CS_fsm[32'd8];

assign ap_CS_fsm_state5 = ap_CS_fsm[32'd2];

assign ap_CS_fsm_state9 = ap_CS_fsm[32'd4];

assign ap_block_pp0_stage0 = ~(1'b1 == 1'b1);

always @ (*) begin
    ap_block_pp0_stage0_01001 = ((exitcond_fu_170_p2 == 1'd0) & (weight_0_vld_out == 1'b0) & (ap_enable_reg_pp0_iter0 == 1'b1));
end

always @ (*) begin
    ap_block_pp0_stage0_11001 = (((1'b1 == ap_block_state4_io) & (ap_enable_reg_pp0_iter2 == 1'b1)) | ((1'b1 == ap_block_state3_io) & (ap_enable_reg_pp0_iter1 == 1'b1)) | ((exitcond_fu_170_p2 == 1'd0) & (weight_0_vld_out == 1'b0) & (ap_enable_reg_pp0_iter0 == 1'b1)));
end

always @ (*) begin
    ap_block_pp0_stage0_subdone = (((1'b1 == ap_block_state4_io) & (ap_enable_reg_pp0_iter2 == 1'b1)) | ((1'b1 == ap_block_state3_io) & (ap_enable_reg_pp0_iter1 == 1'b1)) | ((exitcond_fu_170_p2 == 1'd0) & (weight_0_vld_out == 1'b0) & (ap_enable_reg_pp0_iter0 == 1'b1)));
end

assign ap_block_pp1_stage0 = ~(1'b1 == 1'b1);

always @ (*) begin
    ap_block_pp1_stage0_01001 = ((exitcond9_fu_182_p2 == 1'd0) & (weight_0_vld_out == 1'b0) & (ap_enable_reg_pp1_iter0 == 1'b1));
end

always @ (*) begin
    ap_block_pp1_stage0_11001 = (((1'b1 == ap_block_state8_io) & (ap_enable_reg_pp1_iter2 == 1'b1)) | ((1'b1 == ap_block_state7_io) & (ap_enable_reg_pp1_iter1 == 1'b1)) | ((exitcond9_fu_182_p2 == 1'd0) & (weight_0_vld_out == 1'b0) & (ap_enable_reg_pp1_iter0 == 1'b1)));
end

always @ (*) begin
    ap_block_pp1_stage0_subdone = (((1'b1 == ap_block_state8_io) & (ap_enable_reg_pp1_iter2 == 1'b1)) | ((1'b1 == ap_block_state7_io) & (ap_enable_reg_pp1_iter1 == 1'b1)) | ((exitcond9_fu_182_p2 == 1'd0) & (weight_0_vld_out == 1'b0) & (ap_enable_reg_pp1_iter0 == 1'b1)));
end

assign ap_block_pp2_stage0 = ~(1'b1 == 1'b1);

always @ (*) begin
    ap_block_pp2_stage0_01001 = ((exitcond7_fu_194_p2 == 1'd0) & (weight_0_vld_out == 1'b0) & (ap_enable_reg_pp2_iter0 == 1'b1));
end

always @ (*) begin
    ap_block_pp2_stage0_11001 = (((1'b1 == ap_block_state12_io) & (ap_enable_reg_pp2_iter2 == 1'b1)) | ((1'b1 == ap_block_state11_io) & (ap_enable_reg_pp2_iter1 == 1'b1)) | ((exitcond7_fu_194_p2 == 1'd0) & (weight_0_vld_out == 1'b0) & (ap_enable_reg_pp2_iter0 == 1'b1)));
end

always @ (*) begin
    ap_block_pp2_stage0_subdone = (((1'b1 == ap_block_state12_io) & (ap_enable_reg_pp2_iter2 == 1'b1)) | ((1'b1 == ap_block_state11_io) & (ap_enable_reg_pp2_iter1 == 1'b1)) | ((exitcond7_fu_194_p2 == 1'd0) & (weight_0_vld_out == 1'b0) & (ap_enable_reg_pp2_iter0 == 1'b1)));
end

assign ap_block_pp3_stage0 = ~(1'b1 == 1'b1);

always @ (*) begin
    ap_block_pp3_stage0_01001 = ((exitcond5_fu_206_p2 == 1'd0) & (weight_0_vld_out == 1'b0) & (ap_enable_reg_pp3_iter0 == 1'b1));
end

always @ (*) begin
    ap_block_pp3_stage0_11001 = (((1'b1 == ap_block_state16_io) & (ap_enable_reg_pp3_iter2 == 1'b1)) | ((1'b1 == ap_block_state15_io) & (ap_enable_reg_pp3_iter1 == 1'b1)) | ((exitcond5_fu_206_p2 == 1'd0) & (weight_0_vld_out == 1'b0) & (ap_enable_reg_pp3_iter0 == 1'b1)));
end

always @ (*) begin
    ap_block_pp3_stage0_subdone = (((1'b1 == ap_block_state16_io) & (ap_enable_reg_pp3_iter2 == 1'b1)) | ((1'b1 == ap_block_state15_io) & (ap_enable_reg_pp3_iter1 == 1'b1)) | ((exitcond5_fu_206_p2 == 1'd0) & (weight_0_vld_out == 1'b0) & (ap_enable_reg_pp3_iter0 == 1'b1)));
end

always @ (*) begin
    ap_block_state10_pp2_stage0_iter0 = ((exitcond7_fu_194_p2 == 1'd0) & (weight_0_vld_out == 1'b0));
end

always @ (*) begin
    ap_block_state11_io = ((exitcond7_reg_236 == 1'd0) & (1'b0 == L3_weight_1_ack_in));
end

assign ap_block_state11_pp2_stage0_iter1 = ~(1'b1 == 1'b1);

always @ (*) begin
    ap_block_state12_io = ((exitcond7_reg_236_pp2_iter1_reg == 1'd0) & (1'b0 == L3_weight_1_ack_in));
end

assign ap_block_state12_pp2_stage0_iter2 = ~(1'b1 == 1'b1);

always @ (*) begin
    ap_block_state14_pp3_stage0_iter0 = ((exitcond5_fu_206_p2 == 1'd0) & (weight_0_vld_out == 1'b0));
end

always @ (*) begin
    ap_block_state15_io = ((exitcond5_reg_245 == 1'd0) & (1'b0 == L4_weight_1_ack_in));
end

assign ap_block_state15_pp3_stage0_iter1 = ~(1'b1 == 1'b1);

always @ (*) begin
    ap_block_state16_io = ((exitcond5_reg_245_pp3_iter1_reg == 1'd0) & (1'b0 == L4_weight_1_ack_in));
end

assign ap_block_state16_pp3_stage0_iter2 = ~(1'b1 == 1'b1);

always @ (*) begin
    ap_block_state17 = ((1'b0 == L1_weight_1_ack_in) | (1'b0 == L4_weight_1_ack_in) | (1'b0 == L3_weight_1_ack_in) | (1'b0 == L2_weight_1_ack_in));
end

always @ (*) begin
    ap_block_state2_pp0_stage0_iter0 = ((exitcond_fu_170_p2 == 1'd0) & (weight_0_vld_out == 1'b0));
end

always @ (*) begin
    ap_block_state3_io = ((exitcond_reg_218 == 1'd0) & (1'b0 == L1_weight_1_ack_in));
end

assign ap_block_state3_pp0_stage0_iter1 = ~(1'b1 == 1'b1);

always @ (*) begin
    ap_block_state4_io = ((exitcond_reg_218_pp0_iter1_reg == 1'd0) & (1'b0 == L1_weight_1_ack_in));
end

assign ap_block_state4_pp0_stage0_iter2 = ~(1'b1 == 1'b1);

always @ (*) begin
    ap_block_state6_pp1_stage0_iter0 = ((exitcond9_fu_182_p2 == 1'd0) & (weight_0_vld_out == 1'b0));
end

always @ (*) begin
    ap_block_state7_io = ((exitcond9_reg_227 == 1'd0) & (1'b0 == L2_weight_1_ack_in));
end

assign ap_block_state7_pp1_stage0_iter1 = ~(1'b1 == 1'b1);

always @ (*) begin
    ap_block_state8_io = ((exitcond9_reg_227_pp1_iter1_reg == 1'd0) & (1'b0 == L2_weight_1_ack_in));
end

assign ap_block_state8_pp1_stage0_iter2 = ~(1'b1 == 1'b1);

assign ap_enable_pp0 = (ap_idle_pp0 ^ 1'b1);

assign ap_enable_pp1 = (ap_idle_pp1 ^ 1'b1);

assign ap_enable_pp2 = (ap_idle_pp2 ^ 1'b1);

assign ap_enable_pp3 = (ap_idle_pp3 ^ 1'b1);

always @ (*) begin
    ap_rst_n_inv = ~ap_rst_n;
end

assign exitcond5_fu_206_p2 = ((p_04_rec_reg_151 == 12'd2925) ? 1'b1 : 1'b0);

assign exitcond7_fu_194_p2 = ((p_03_rec_reg_140 == 11'd1168) ? 1'b1 : 1'b0);

assign exitcond9_fu_182_p2 = ((p_02_rec_reg_129 == 9'd296) ? 1'b1 : 1'b0);

assign exitcond_fu_170_p2 = ((p_01_rec_reg_118 == 6'd40) ? 1'b1 : 1'b0);

assign p_rec1_fu_176_p2 = (p_01_rec_reg_118 + 6'd1);

assign p_rec2_fu_188_p2 = (p_02_rec_reg_129 + 9'd1);

assign p_rec6_fu_200_p2 = (p_03_rec_reg_140 + 11'd1);

assign p_rec_fu_212_p2 = (p_04_rec_reg_151 + 12'd1);

assign weight_0_ack_in = weight_0_state[1'd1];

assign weight_0_load_A = (weight_0_state_cmp_full & ~weight_0_sel_wr);

assign weight_0_load_B = (weight_0_state_cmp_full & weight_0_sel_wr);

assign weight_0_sel = weight_0_sel_rd;

assign weight_0_state_cmp_full = ((weight_0_state != 2'd1) ? 1'b1 : 1'b0);

assign weight_0_vld_in = weight_TVALID;

assign weight_0_vld_out = weight_0_state[1'd0];

assign weight_TREADY = weight_0_state[1'd1];

endmodule //Kernel_DMA